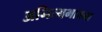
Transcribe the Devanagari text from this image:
अनित्यभावना